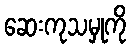
ဆေးကုသမှုကို